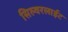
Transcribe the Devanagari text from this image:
सिल्वरलाईट